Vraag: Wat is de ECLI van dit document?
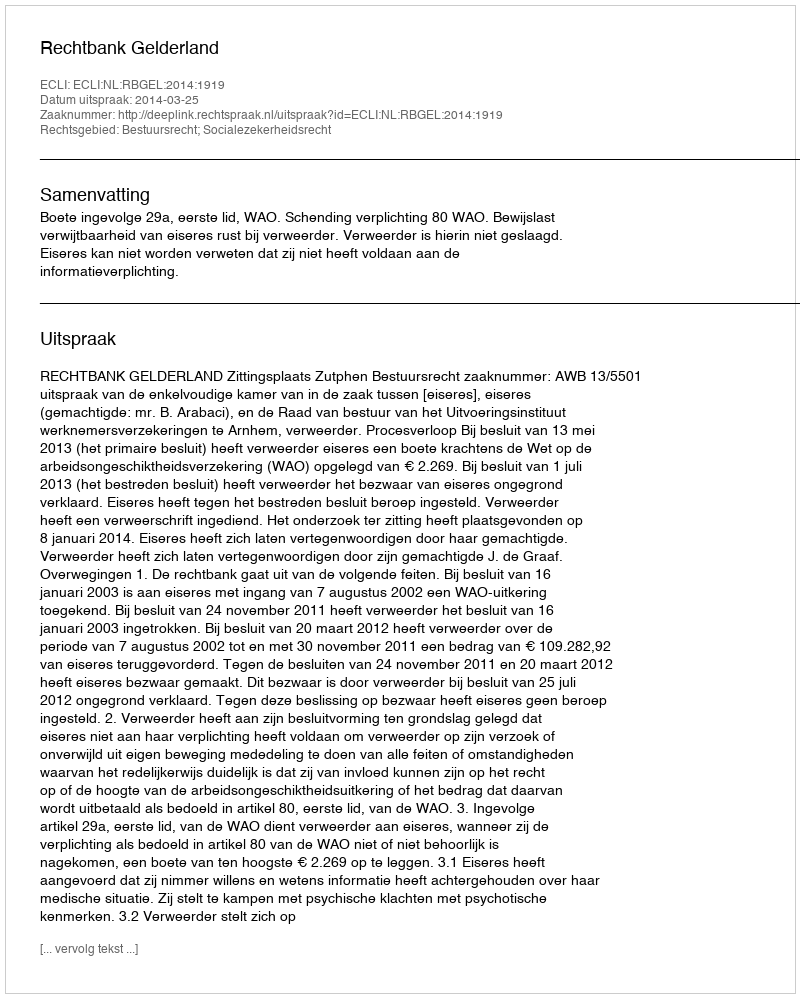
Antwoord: ECLI:NL:RBGEL:2014:1919